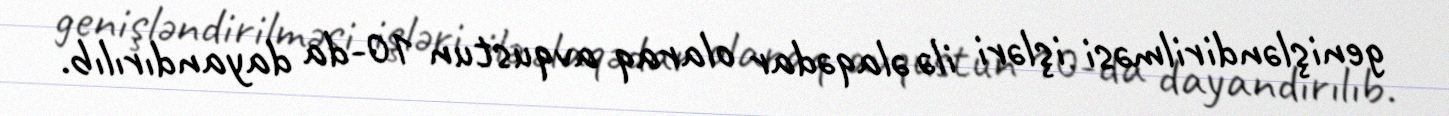
genişləndirilməsi işləri ilə əlaqədar olaraq avqustun 10-da dayandırılıb.